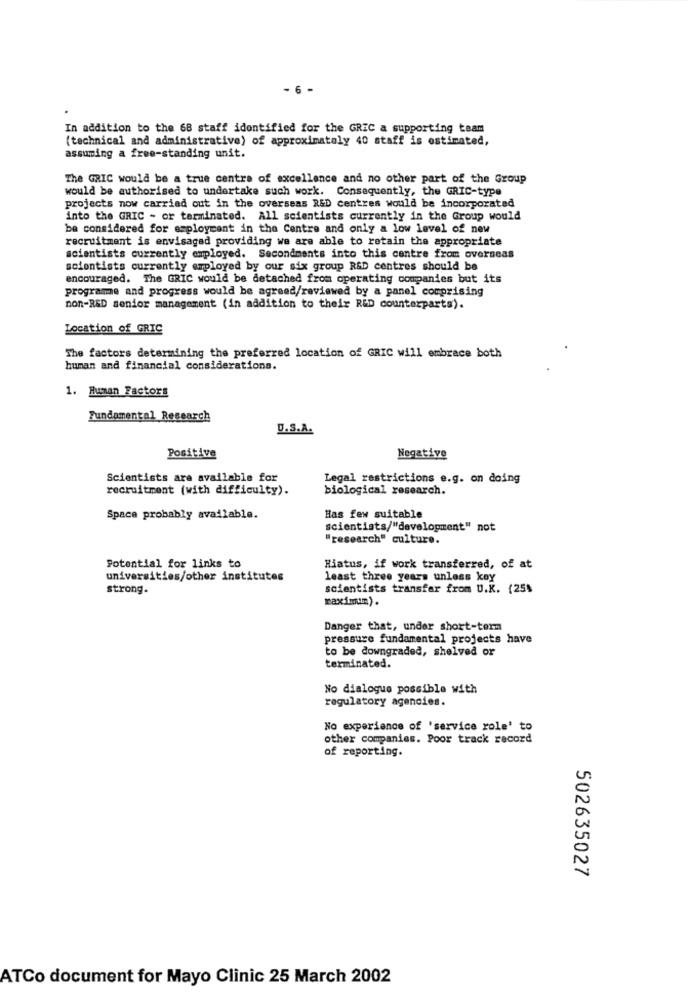
- 6 -
.
In addition to the 68 staff identified for the GREC a supporting team
(technical and administrative) of approximately 40 staff is estimated,
assuming a free-standing unit.
The GRIC would be a true centre of excellence and no other part of the Group
would be authorised to undertake such work. Consequently, the GRIC-type
projects now carried out in the overseas R&D centres would be incorporated
into the GRIC - or terminated. All scientists currently in the Group would
be considered for employment in the Centre and only a low level of new
recruitment is envisaged providing we are able to retain the appropriate
scientists currently employed. Secondments into this centre from overseas
scientists currently employed by our six group R&D centres should be
encouraged. The GRIC would be detached from operating companies but its
programme and progress would be agreed/reviewed by a panel comprising
non-R&D senior management (in addition to their R&D counterparts).
Location of GRIC
The factors determining the preferred location of GRIC will embrace both
human and financial considerations.
1. Human Factors
Fundamental Research
U.S.A.
Positive
Negative
Scientists are available for
Legal restrictions e.g. on doing
recruitment (with difficulty).
biological research.
Space probably available.
Has few suitable
scientists/"development" not
"research" culture.
Potential for links to
Hiatus, if work transferred, of at
universities/other institutes
least three years unless koy
strong.
scientists transfer from U.K. (25%
maximum).
Danger that, under short-term
pressure fundamental projects have
to be downgraded, shelved or
terminated.
No dialogue possible with
regulatory agencies.
No experience of 'service role' to
other companies. Poor track record
of reporting.
502635027
ATCo document for Mayo Clinic 25 March 2002